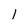
Character: l